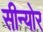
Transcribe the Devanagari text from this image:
सीन्योर